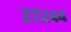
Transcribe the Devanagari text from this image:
२७२४४